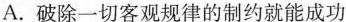
A.破除一切客观规律的制约就能成功